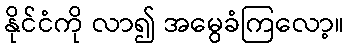
နိုင်ငံကို လာ၍ အမွေခံကြလော့။